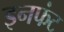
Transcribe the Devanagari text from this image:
इनफंट